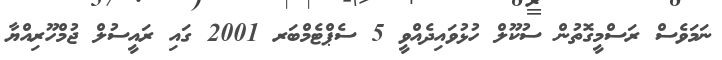
ނަމަވެސް ރަސްމީގޮތުން ސުކޫލް ހުޅުވައިދެއްވީ 5 ސެޕްޓެމްބަރ 2001 ގައި ރައީސުލް ޖުމްހޫރިއްޔާ